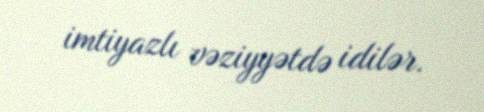
imtiyazlı vəziyyətdə idilər.